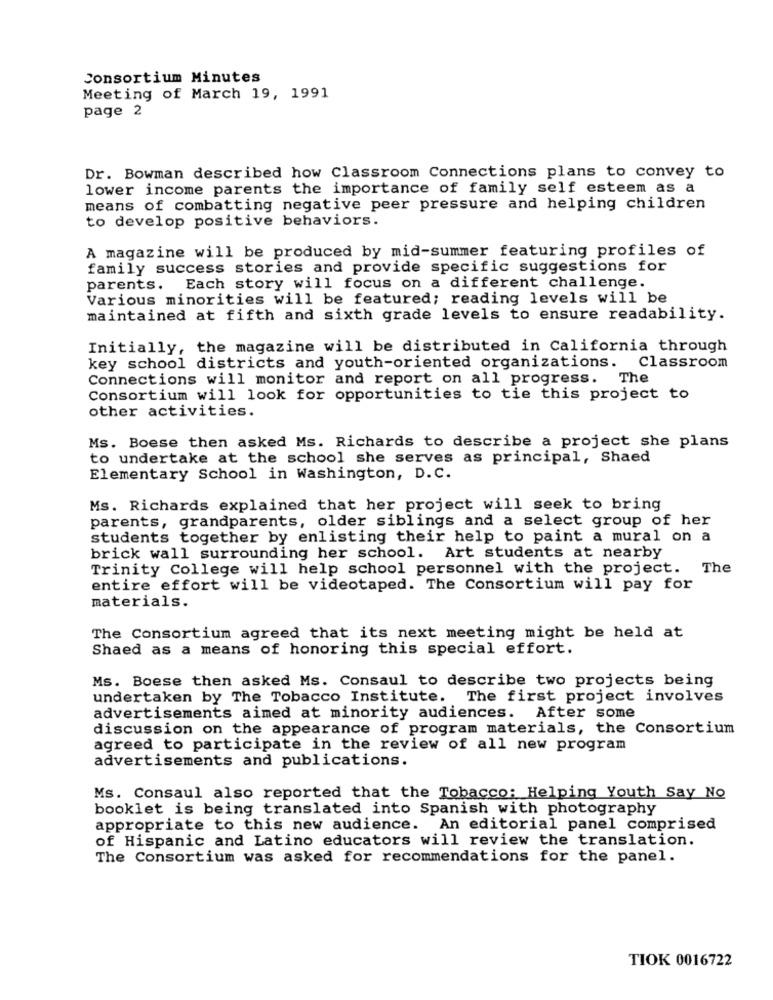
Consortium Minutes
Meeting of March 19, 1991
page 2
Dr. Bowman described how Classroom Connections plans to convey to
lower income parents the importance of family self esteem as a
means of combatting negative peer pressure and helping children
to develop positive behaviors.
A magazine will be produced by mid-summer featuring profiles of
family success stories and provide specific suggestions for
parents. Each story will focus on a different challenge.
Various minorities will be featured; reading levels will be
maintained at fifth and sixth grade levels to ensure readability.
Initially, the magazine will be distributed in California through
key school districts and youth-oriented organizations. Classroom
Connections will monitor and report on all progress.
The
Consortium will look for opportunities to tie this project to
other activities.
Ms. Boese then asked Ms. Richards to describe a project she plans
to undertake at the school she serves as principal, Shaed
Elementary School in Washington, D.C.
Ms. Richards explained that her project will seek to bring
parents, grandparents, older siblings and a select group of her
students together by enlisting their help to paint a mural on a
brick wall surrounding her school. Art students at nearby
Trinity College will help school personnel with the project. The
entire effort will be videotaped. The Consortium will pay for
materials.
The Consortium agreed that its next meeting might be held at
Shaed as a means of honoring this special effort.
Ms. Boese then asked Ms. Consaul to describe two projects being
undertaken by The Tobacco Institute. The first project involves
advertisements aimed at minority audiences. After some
discussion on the appearance of program materials, the Consortium
agreed to participate in the review of all new program
advertisements and publications.
Ms. Consaul also reported that the Tobacco: Helping Youth Say No
booklet is being translated into Spanish with photography
appropriate to this new audience. An editorial panel comprised
of Hispanic and Latino educators will review the translation.
The Consortium was asked for recommendations for the panel.
TIOK 0016722